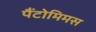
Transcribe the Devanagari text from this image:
पैंटोमिमस